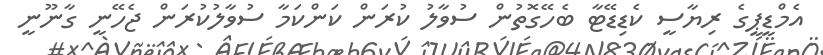
އެމްޑީޕީގެ ރިޔާސީ ކެޑިޑޭޓާ ބެހޭގޮތުން ސުވާލު ކުރަން ކަންކަމާ ސުވާލުކުރަން ޖެހޭނީ ގާނޫނީ